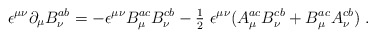
\begin{align*} \epsilon^{\mu\nu}{\partial}_\mu B_\nu^{ab}=-\epsilon^{\mu\nu} B_\mu^{ac} B_\nu^{cb}-{\textstyle \frac12}~\epsilon^{\mu\nu}( A_\mu^{ac} B_\nu^{cb}+ B_\mu^{ac} A_\nu^{cb})~.\end{align*}